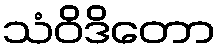
သံဝိဒိတော